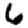
Digit: 6